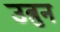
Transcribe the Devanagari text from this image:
उत्रुन